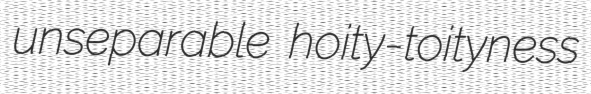
unseparable hoity-toityness